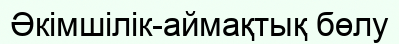
Әкімшілік-аймақтық бөлу